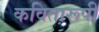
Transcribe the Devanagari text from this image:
कवितारूपी